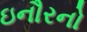
ઇનૌરનો